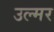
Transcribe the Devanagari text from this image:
उल्मर